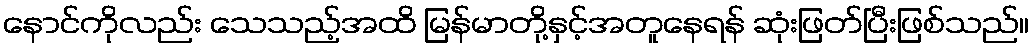
နောင်ကိုလည်း သေသည့်အထိ မြန်မာတို့နှင့်အတူနေရန် ဆုံးဖြတ်ပြီးဖြစ်သည်။